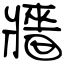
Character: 牆